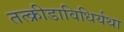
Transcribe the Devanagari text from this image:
तत्क्रीडाविधिर्यथा